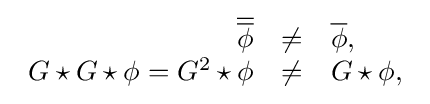
{\begin{array}{rcl}{\overline {\overline {\phi }}}&\neq &{\overline {\phi }},\\G\star G\star \phi =G^{2}\star \phi &\neq &G\star \phi ,\end{array}}